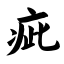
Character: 疵